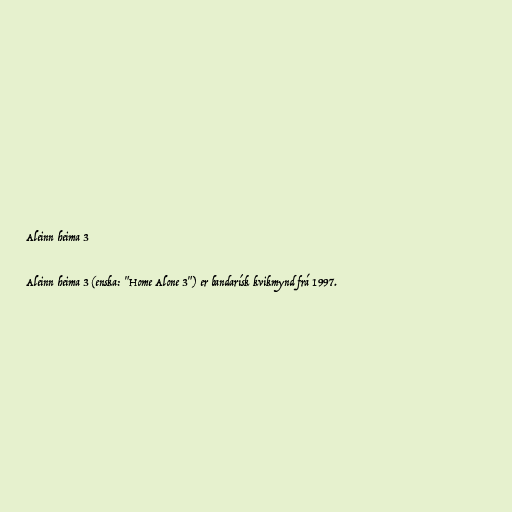
Aleinn heima 3

Aleinn heima 3 (enska: "Home Alone 3") er bandarísk kvikmynd frá 1997.